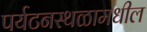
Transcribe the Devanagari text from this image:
पर्यटनस्थळामधील